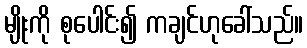
မျိုးကို စုပေါင်း၍ ကချင်ဟုခေါ်သည်။